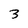
Character: 3